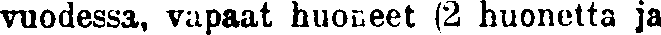
vuodessa, vapaat huoneet (2 huonetta ja